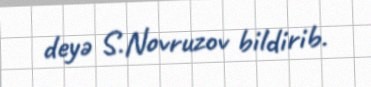
deyə S.Novruzov bildirib.